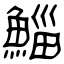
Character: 鯔